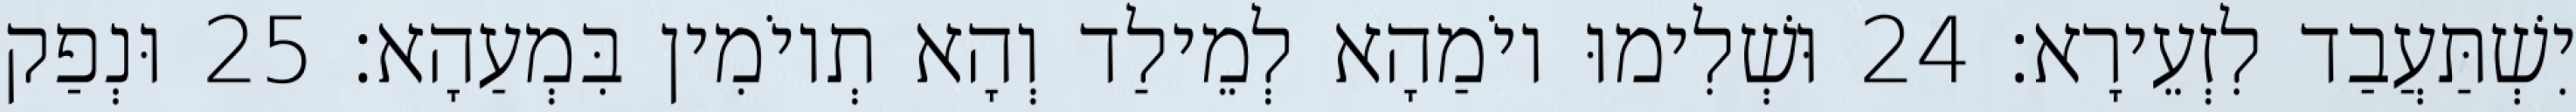
יִשְׁתַּעֲבַד לִזְעֵירָא׃ 24 וּשְׁלִימוּ יוֹמַהָא לְמֵילַד וְהָא תְיוֹמִין בִּמְעַהָא׃ 25 וּנְפַק